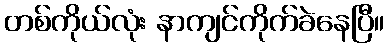
တစ်ကိုယ်လုံး နာကျင်ကိုက်ခဲနေပြီ။